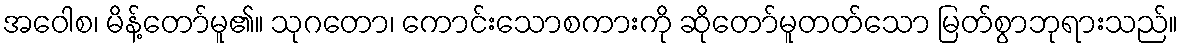
အဝေါစ၊ မိန့်တော်မူ၏။ သုဂတော၊ ကောင်းသောစကားကို ဆိုတော်မူတတ်သော မြတ်စွာဘုရားသည်။